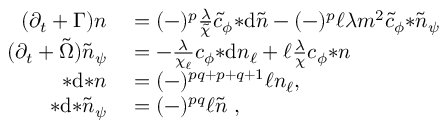
\begin{array} { r l } { ( \partial _ { t } + \Gamma ) n } & { { } = ( - ) ^ { p } \frac { \lambda } { \tilde { \chi } } \tilde { c } _ { \phi } { * \mathrm { d } \tilde { n } } - ( - ) ^ { p } \ell \lambda m ^ { 2 } \tilde { c } _ { \phi } { * \tilde { n } _ { \psi } } } \\ { ( \partial _ { t } + \tilde { \Omega } ) \tilde { n } _ { \psi } } & { { } = - \frac { \lambda } { \chi _ { \ell } } c _ { \phi } { * \mathrm { d } n _ { \ell } } + \ell \frac { \lambda } { \chi } c _ { \phi } { * n } } \\ { * \mathrm { d } { * n } } & { { } = ( - ) ^ { p q + p + q + 1 } \ell n _ { \ell } , } \\ { * \mathrm { d } { * \tilde { n } _ { \psi } } } & { { } = ( - ) ^ { p q } \ell \tilde { n } ~ , } \end{array}